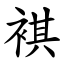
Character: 褀